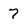
Character: 7